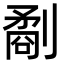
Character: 劀